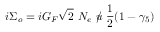
i \Sigma _ { o } = i G _ { \scriptstyle F } \sqrt { 2 } ~ N _ { e } ~ \rlap / u ~ \frac { 1 } { 2 } ( 1 - \gamma _ { 5 } ) ~